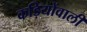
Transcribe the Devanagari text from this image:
कड़ियोंवाली